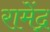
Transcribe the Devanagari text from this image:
रामेंद्र